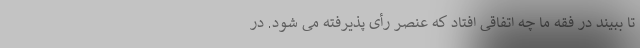
تا ببیند در فقه ما چه اتفاقی افتاد که عنصر رأی پذیرفته می شود. در